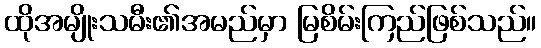
ထိုအမျိုးသမီး၏အမည်မှာ မြစိမ်းကြည်ဖြစ်သည်။